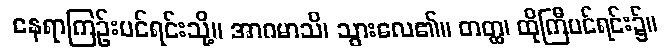
နေရာကြဉ်းပင်ရင်းသို့။ အာဂမာသိ၊ သွားလေ၏။ တတ္ထ၊ ထိုကြီပင်ရင်း၌။